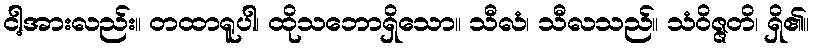
ငါ့အားလည်း။ တထာရူပါ၊ ထိုသဘောရှိသော။ သီလံ၊ သီလသည်။ သံဝိဇ္ဇတိ၊ ရှိ၏။